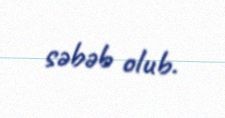
səbəb olub.